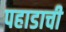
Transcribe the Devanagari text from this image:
पहाडाची